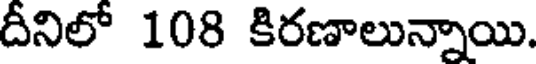
దీనిలో 108 కిరణాలున్నాయి.